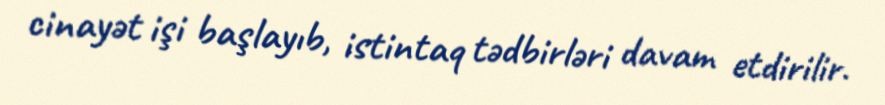
cinayət işi başlayıb, istintaq tədbirləri davam etdirilir.